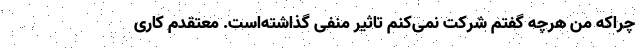
چراکه من هرچه گفتم شرکت نمی‌کنم تاثیر منفی گذاشته‌است. معتقدم کاری